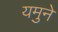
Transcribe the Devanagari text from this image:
यमुने